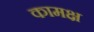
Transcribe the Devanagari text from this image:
कामक्ष